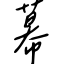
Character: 幕